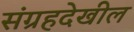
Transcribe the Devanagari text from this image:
संग्रहदेखील